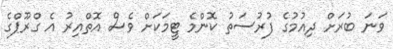
ވަނަ ބުރަށް ދިއުމުގެ ފުރުސަތު ކޮންމެ ޓީމަކަށް ވެސް އޮތްއިރު އެ ގްރޫޕްގެ